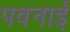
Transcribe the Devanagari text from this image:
पवनाई